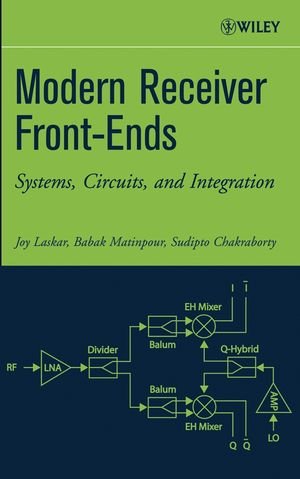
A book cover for Modern Receiver Front-Ends: Systems, Circuits, and Integration; Joy Laskar; Crafts, Hobbies & Home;